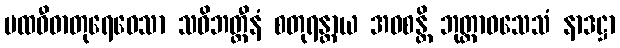
ပထဝီဓာတုရေဝေသာ သဝိဘတ္တီနံ စတုရန္တာယ အဝစန္တိ ဘုတ္တာဝသေသံ နာဒဋ္ဌာ